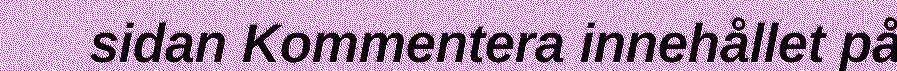
sidan Kommentera innehållet på